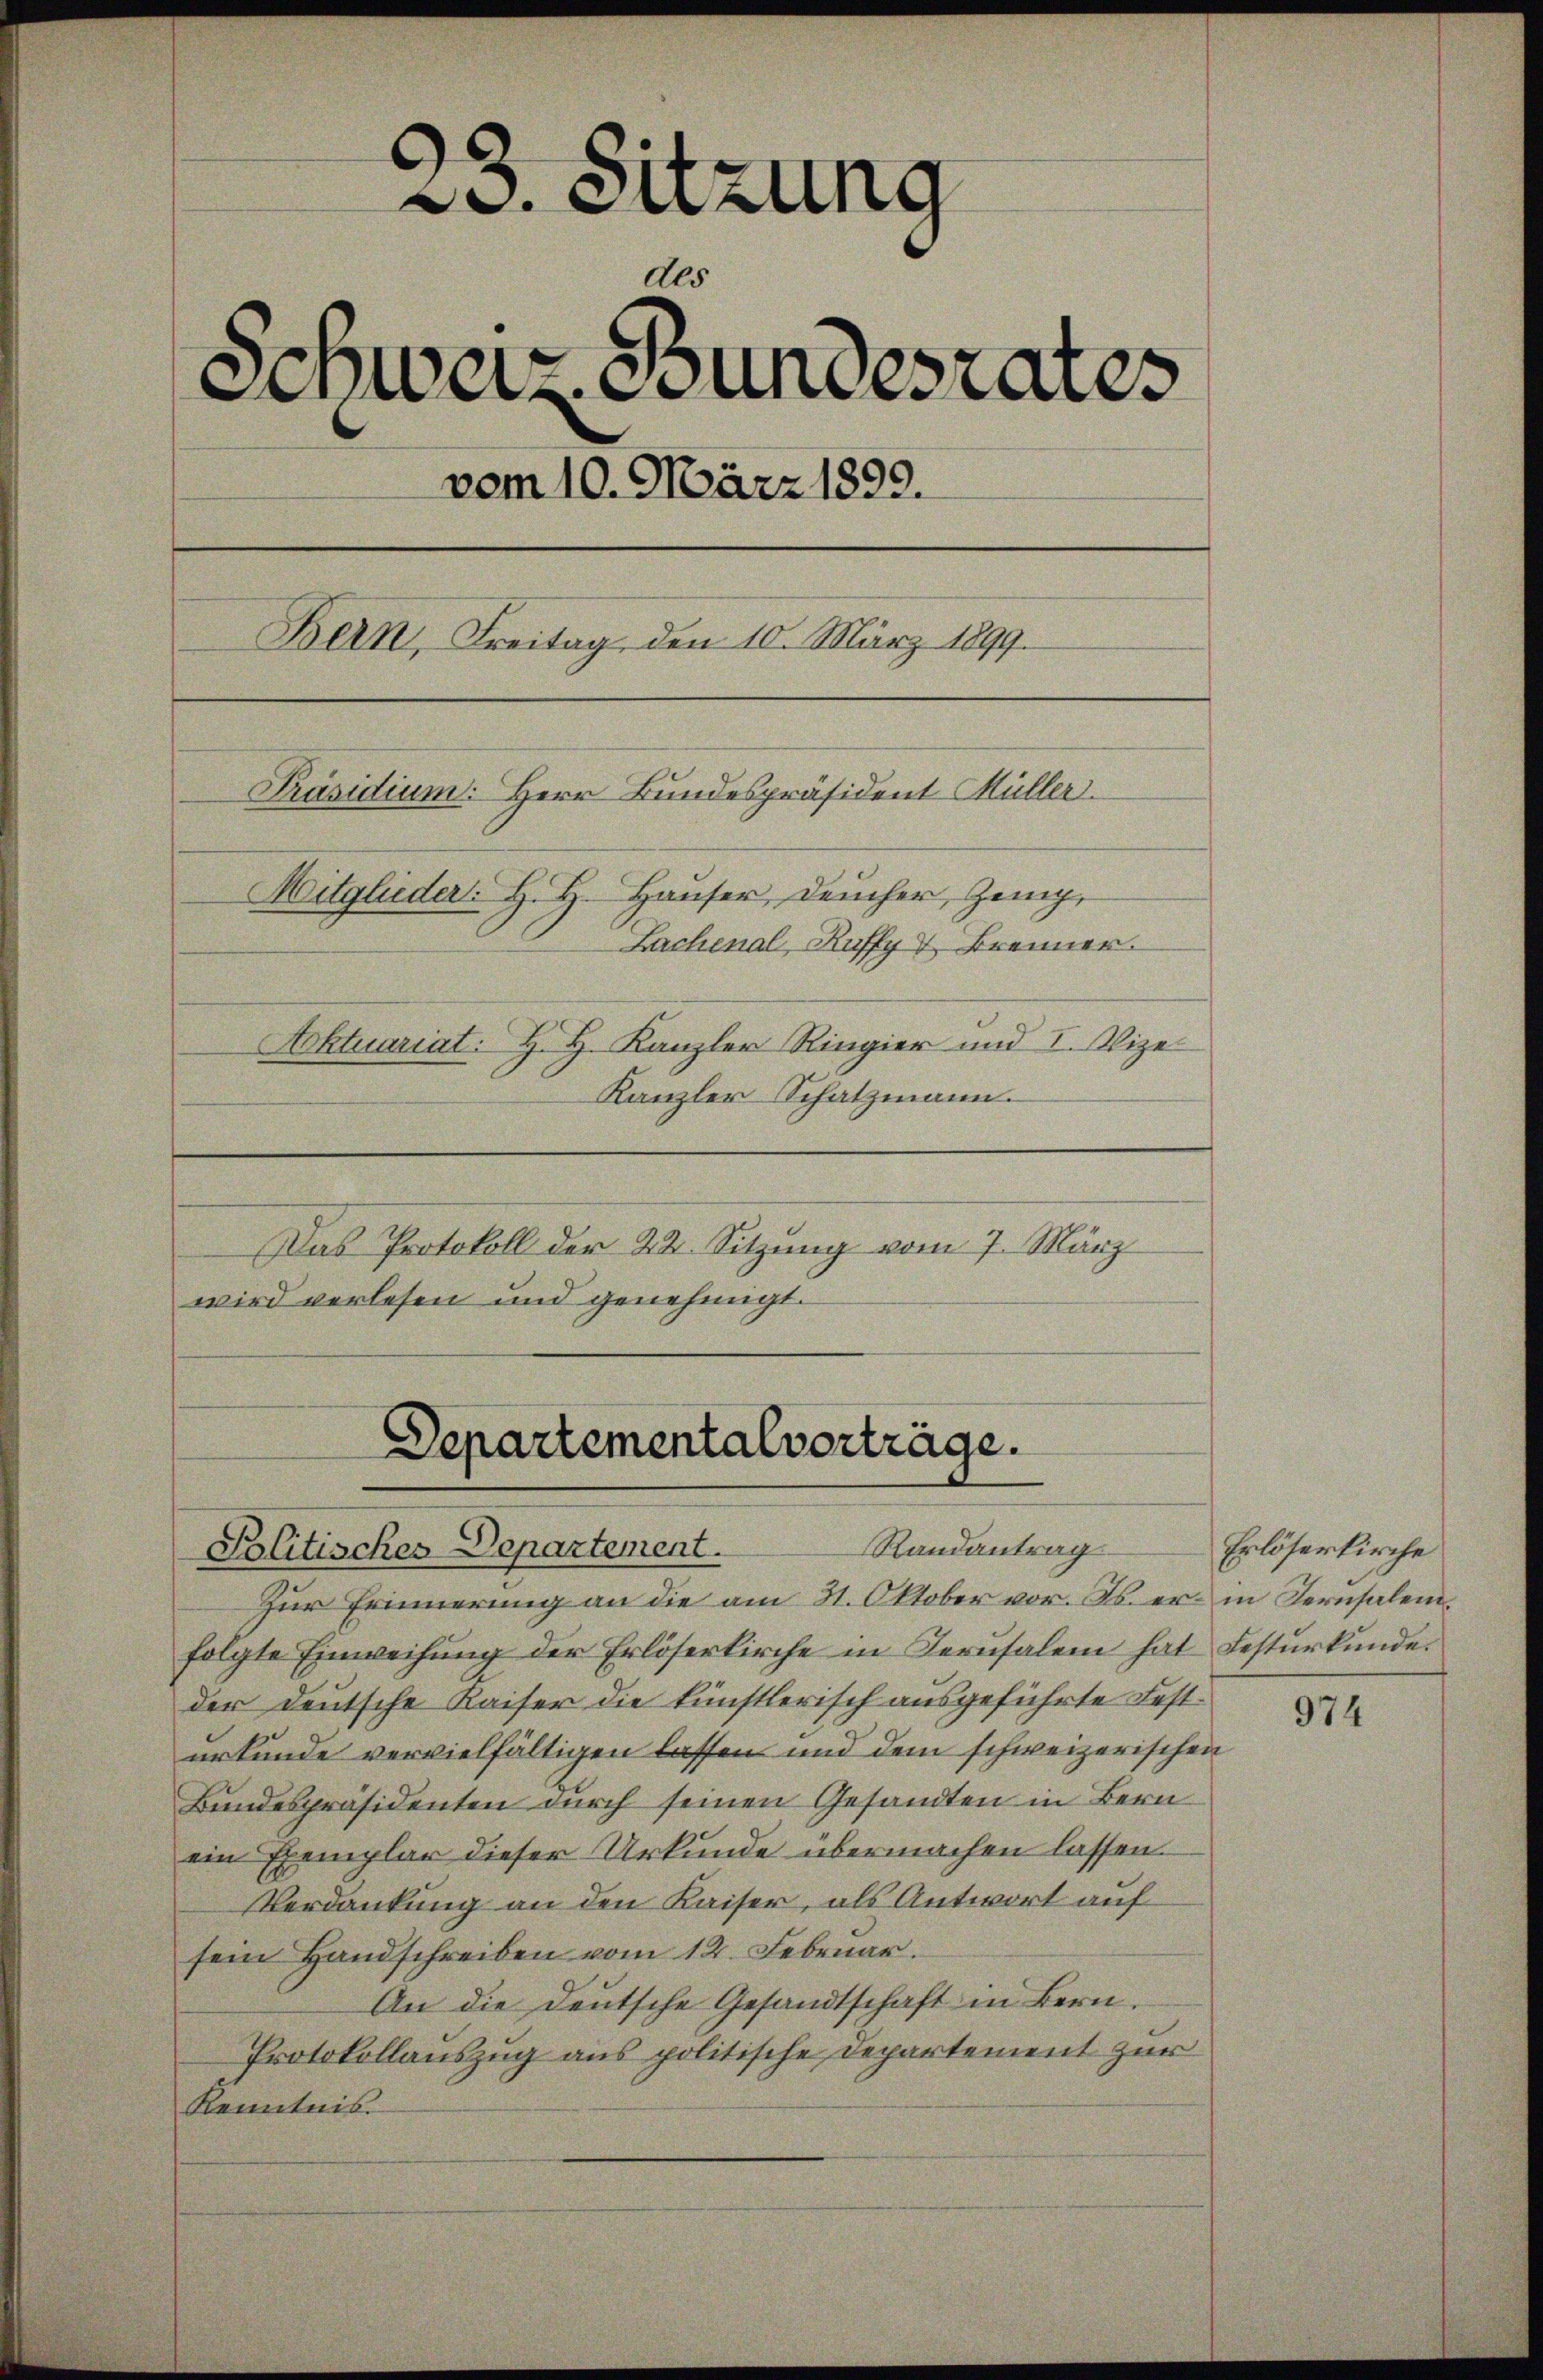
23. Sitzung
des
Schweiz. Bundesrates
vom 10. März 1899.
Bern, Freitag, den 10. März 1899.
Präsidium. Herr Bundespräsident Müller.
Mitglieder. H. H. Hauser, Deucher, Zeig,
Lachenal, Kuffy & Brenner.
Aktuariat. H. H. Kanzler Ringier und I. Vize
Kanzler Schatzmann.

Das Protokoll der 24. Sitzung vom 7. März
wird verlesen und genehmigt.

Zur Erinnerung an die am 31. Oktober vor. Js. er in Pernsalemfolgte Einweisung der Erlöserkirche in Terusalem hat Festurkunde.
der deutsche Kaiser die künstlerisch ausgeführte Festurkunde vervielfältigen lassen und dem schweizerischen
Bundespräsidenten durch seinen Gesandten in Bern
ein Exemplar dieser Urkunde übermachen lassen.
Verdankung an den Kaiser, als Antwort auf
sein Handschreiben vom 12. Februar.
An die deutsche Gesandtschaft in Bern.
Protokollauszug aus politische Departement zur
Kenntnis

Departementalverträge.
Randantrag
Politisches Departement.

Erlöserkirche

974